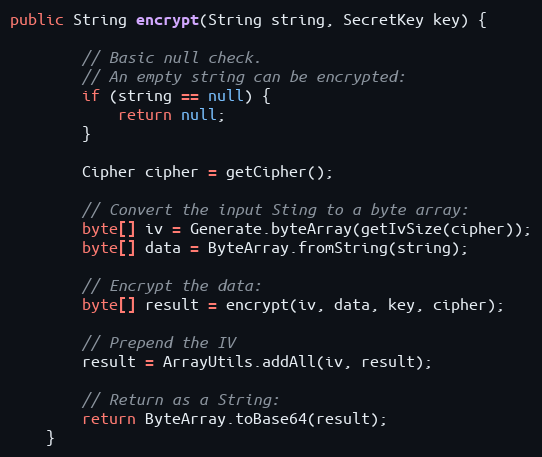
Language: Java
public String encrypt(String string, SecretKey key) {

        // Basic null check.
        // An empty string can be encrypted:
        if (string == null) {
            return null;
        }

        Cipher cipher = getCipher();

        // Convert the input Sting to a byte array:
        byte[] iv = Generate.byteArray(getIvSize(cipher));
        byte[] data = ByteArray.fromString(string);

        // Encrypt the data:
        byte[] result = encrypt(iv, data, key, cipher);

        // Prepend the IV
        result = ArrayUtils.addAll(iv, result);

        // Return as a String:
        return ByteArray.toBase64(result);
    }